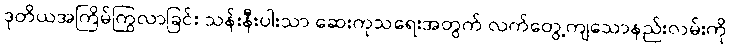
ဒုတိယအကြိမ်ကြွလာခြင်း သန်းနီးပါးသာ ဆေးကုသရေးအတွက် လက်တွေ့ကျသောနည်းလမ်းကို